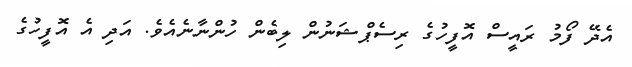
އެދޭ ފޯމު ރައީސް އޮފީހުގެ ރިސެޕްޝަނުން ލިބެން ހުންނާނެއެވެ. އަދި އެ އޮފީހުގެ